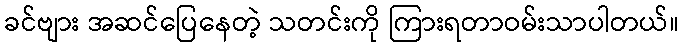
ခင်ဗျား အဆင်ပြေနေတဲ့ သတင်းကို ကြားရတာဝမ်းသာပါတယ်။